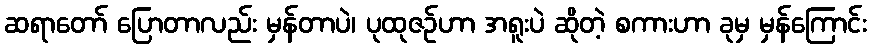
ဆရာတော် ပြောတာလည်း မှန်တာပဲ၊ ပုထုဇဉ်ဟာ အရူးပဲ ဆိုတဲ့ စကားဟာ ခုမှ မှန်ကြောင်း